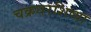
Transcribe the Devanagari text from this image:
चक्रधरशिष्या